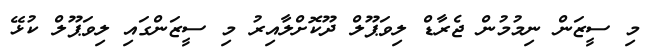
މި ސީޒަން ނިމުމުން ޖެރާޑް ލިވަޕޫލް ދޫކޮށްލާއިރު މި ސީޒަންގައި ލިވަޕޫލް ކުޅޭ